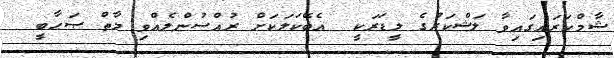
ޝާމްކަރައިގައިވާ ލަޝްކަރުގެ ލީޑަރަކީ  އެބޭކަލަކަށް ރުއްސުންލެއްވި މާތް ޞަޙާބީ